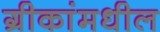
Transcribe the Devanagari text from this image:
ग्रीकांमधील